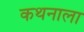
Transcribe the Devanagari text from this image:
कथनाला